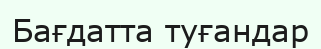
Бағдатта туғандар